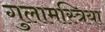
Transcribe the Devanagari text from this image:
गुलामस्त्रिया